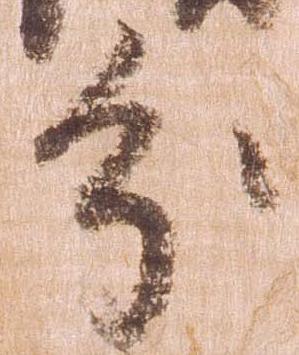
分